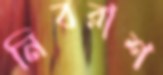
নিবরাশ